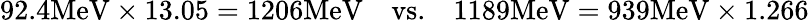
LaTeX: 92.4\mathrm{MeV}\times 13.05=1206\mathrm{MeV}\quad\mathrm{vs.}\quad 1189\mathrm{MeV}=939\mathrm{MeV}\times 1.266